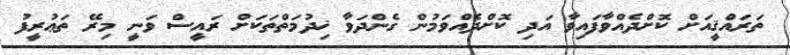
ތަރައްޤީއަށް ކޮށްދެއްވާފައިވާ އަދި ކޮށްދެއްވަމުން ގެންދަވާ ޚިދުމަތްތަކަށް ރައީސް ވަނީ މިރޭ ތަޢުރީފު